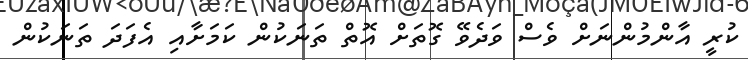
ކުރީ އާންމުންނަށް ވެސް ވަދެވޭ ގޮތަށް އޮތް ތަނަކުން ކަމަށާއި އެފަދަ ތަނަކުން